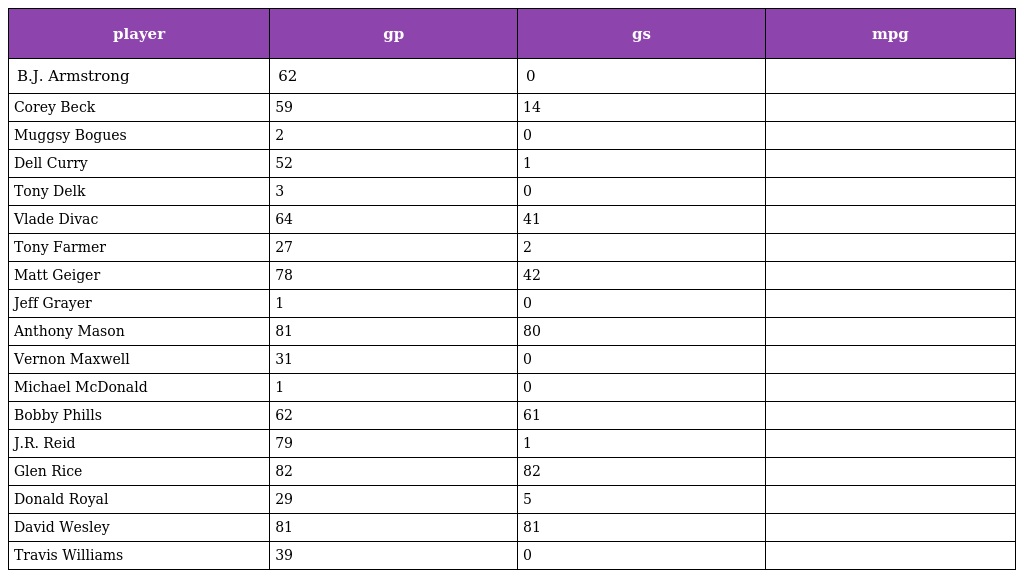
| player | gp | gs | mpg |
 | --- | --- | --- | --- |
 | B.J. Armstrong | 62 | 0 |  |
 | Corey Beck | 59 | 14 |  |
 | Muggsy Bogues | 2 | 0 |  |
 | Dell Curry | 52 | 1 |  |
 | Tony Delk | 3 | 0 |  |
 | Vlade Divac | 64 | 41 |  |
 | Tony Farmer | 27 | 2 |  |
 | Matt Geiger | 78 | 42 |  |
 | Jeff Grayer | 1 | 0 |  |
 | Anthony Mason | 81 | 80 |  |
 | Vernon Maxwell | 31 | 0 |  |
 | Michael McDonald | 1 | 0 |  |
 | Bobby Phills | 62 | 61 |  |
 | J.R. Reid | 79 | 1 |  |
 | Glen Rice | 82 | 82 |  |
 | Donald Royal | 29 | 5 |  |
 | David Wesley | 81 | 81 |  |
 | Travis Williams | 39 | 0 |  |